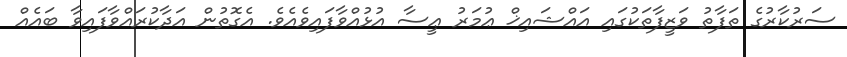
ސަރުކާރުގެ ތަފާތު ވަޒީފާތަކުގައި އައްޝައިޚް ޢުމަރު ޢީސާ އުޅުއްވާފައިވެއެވެ. އެގޮތުން އަދާކުރައްވާފައިވާ ބައެއް